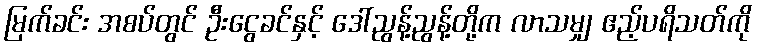
မြက်ခင်း အစပ်တွင် ဦးငွေခင်နှင့် ဒေါ်ညွန့်ညွန့်တို့က လာသမျှ ဧည့်ပရိသတ်ကို